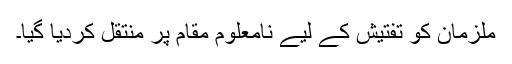
ملزمان کو تفتیش کے لیے نامعلوم مقام پر منتقل کردیا گیا۔